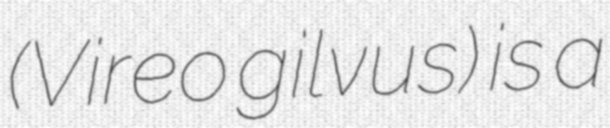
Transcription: (Vireo gilvus) is a